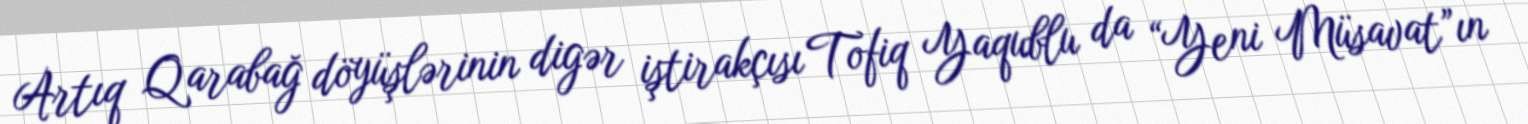
Artıq Qarabağ döyüşlərinin digər iştirakçısı Tofiq Yaqublu da “Yeni Müsavat”ın